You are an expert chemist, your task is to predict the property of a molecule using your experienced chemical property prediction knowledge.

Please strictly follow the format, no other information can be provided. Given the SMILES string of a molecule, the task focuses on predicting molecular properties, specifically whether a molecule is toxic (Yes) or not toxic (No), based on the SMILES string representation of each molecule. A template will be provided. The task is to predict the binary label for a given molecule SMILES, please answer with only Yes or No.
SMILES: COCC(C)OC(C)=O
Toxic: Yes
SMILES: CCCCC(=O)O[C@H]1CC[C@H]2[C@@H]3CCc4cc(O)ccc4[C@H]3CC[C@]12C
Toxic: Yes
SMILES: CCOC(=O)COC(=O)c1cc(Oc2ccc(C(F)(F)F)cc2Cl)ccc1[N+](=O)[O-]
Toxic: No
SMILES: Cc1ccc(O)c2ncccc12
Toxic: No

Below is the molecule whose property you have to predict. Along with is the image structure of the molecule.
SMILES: CC(C)[C@]12CC(=O)[C@H](C)[C@H]1C2
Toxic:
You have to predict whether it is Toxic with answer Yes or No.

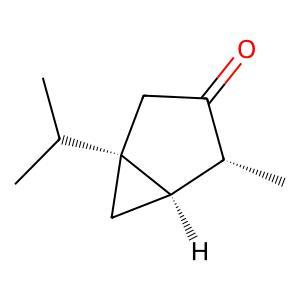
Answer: No